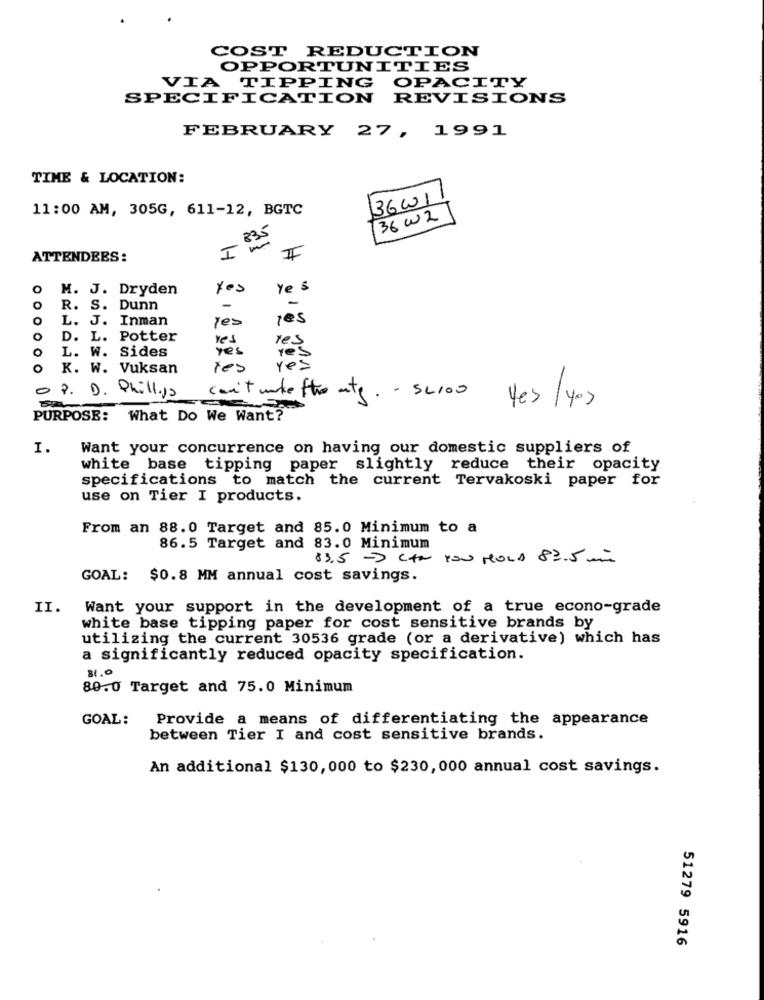
COST REDUCTION
OPPORTUNITIES
OPACITY
VIA
TIPPING
SPECIFICATION REVISIONS
FEBRUARY 27, 1991
TIME & LOCATION:
36001
11:00 AM, 305G, 611-12, BGTC
136 w2
= 835
ATTENDEES:
I
O
M. J. Dryden
yes
Ye s
-
O
R. S. Dunn
O
L. J. Inman
yes
yes
O
D. L. Potter
O
L. W. Sides
yes
Yes
yes
yes
0
K. W. Vuksan
Yes
yes
O P. D. Phillips
can't untetto utg. - SL100 Yes / yes
PURPOSE: What Do We Want?
I.
Want your concurrence on having our domestic suppliers of
white base tipping paper slightly reduce their opacity
specifications to match the current Tervakoski paper for
use on Tier I products.
From an 88.0 Target and 85.0 Minimum to a
86.5 Target and 83.0 Minimum
83.5 > CAN YOU HOLD 87.5 mm
GOAL: $0.8 MM annual cost savings.
II.
Want your support in the development of a true econo-grade
white base tipping paper for cost sensitive brands by
utilizing the current 30536 grade (or a derivative) which has
a significantly reduced opacity specification.
81.0
80.0 Target and 75.0 Minimum
GOAL:
Provide a means of differentiating the appearance
between Tier I and cost sensitive brands.
An additional $130, 000 to $230, 000 annual cost savings.
51279 5916